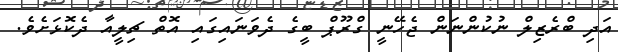
އަދި ބްރެޒިލް ނުކުންނަން ޖެހޭނީ ގްރޫޕް ބީގެ ދެވަނައިގައި އޮތް ޗިލީއާ ދެކޮޅަށެވެ.